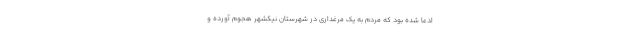
ادعا شده بود که مردم به یک مرغداری در شهرستان نیکشهر هجوم آورده و